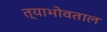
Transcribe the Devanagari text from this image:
त्याभोवताल